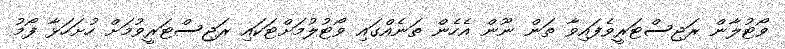
ވޯޓުލާން ރަޖިސްޓަރީވެފައިވާ ތަން ނޫން އެހެން ތަނެއްގައި ވޯޓުލުމަށްޓަކައި ރަޖިސްޓަރީވުމަށް ހުށަހަޅާ ފޯމު